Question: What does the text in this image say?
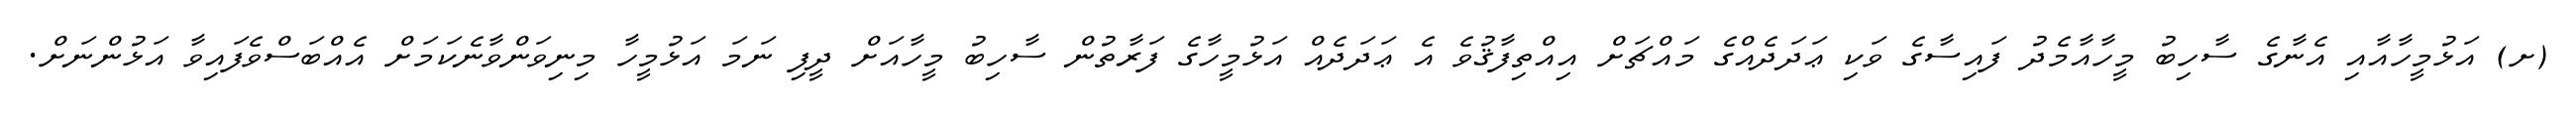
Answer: (ށ) އަޅުމީހާއާއި އެނާގެ ސާހިބު މީހާއާމެދު ފައިސާގެ ވަކި ޢަދަދެއްގެ މައްޗަށް އިއްތިފާޤުވެ އެ ޢަދަދެއް އަޅުމީހާގެ ފަރާތުން ސާހިބު މީހާއަށް ދީފި ނަމަ އަޅުމީހާ މިނިވަންވާނެކަމަށް އެއްބަސްވެފައިވާ އަޅުންނަށް.